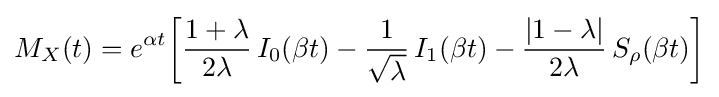
M_{X}(t)=e^{\alpha t}\!\left[{\frac {1+\lambda }{2\lambda }}\,I_{0}(\beta t)-{\frac {1}{\sqrt {\lambda }}}\,I_{1}(\beta t)-{\frac {|1-\lambda |}{2\lambda }}\,S_{\rho }(\beta t)\right]